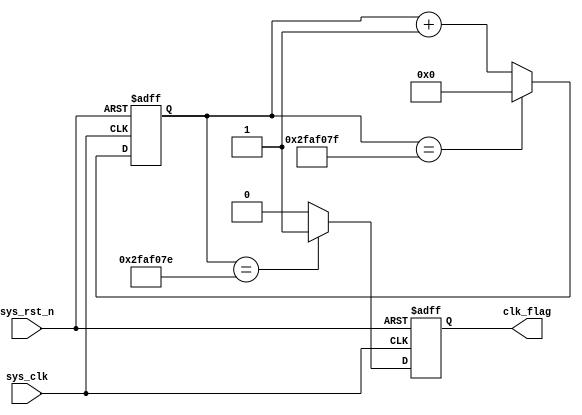
//`timescale 1ns / 1ps
//////////////////////////////////////////////////////////////////////////////////
// Company: 
// Engineer: 
// 
// Design Name: 
// Module Name: timer
// Project Name: 
// Target Devices: 
// Tool Versions: 
// Description: 
// 
// Dependencies: 
// 
// Revision:
// Revision 0.01 - File Created
// Additional Comments:
// 
//////////////////////////////////////////////////////////////////////////////////
`define CNT_WIDE 50

module timer
#(
    parameter CNT_MAX = 50'd49_999_999
)
(
    input wire sys_clk,
    input wire sys_rst_n,
    output reg clk_flag
);

//reg define
reg[`CNT_WIDE-1:0] cnt;


//CNT_MAX
always @(posedge sys_clk or negedge sys_rst_n)
begin
    if(!sys_rst_n)
    begin
        cnt <= `CNT_WIDE'b0;
    end
    else if(cnt==CNT_MAX)
    begin
        cnt <= `CNT_WIDE'b0;
    end
    else
    cnt<=cnt+1'b1;
    
end

//CNT_MAXcnt_flag??1
always @(posedge sys_clk or negedge sys_rst_n)
begin
    if(!sys_rst_n)
    begin
        clk_flag <= 1'b0;
    end
    else if(cnt==CNT_MAX-`CNT_WIDE'b1)
    begin
        clk_flag <= 1'b1;
    end
    else
    clk_flag<=1'b0;
end

endmodule